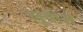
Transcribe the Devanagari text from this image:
लूयीस